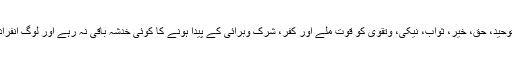
(۲) اور اگر کسی مسئلہ میں ایسے ذرائع کے دروازے کھول دیے جائیں، جن سے توحید، حق، خیر، ثواب، نیکی، وتقویٰ کو قوت ملے اور کفر، شرک وبرائی کے پیدا ہونے کا کوئی خدشہ باقی نہ رہے اور لوگ انفرادی واجتماعی طور پر مستفید ہوسکیں، تو ان ذرائع کے دروازے کھول دینے چاہئیں۔